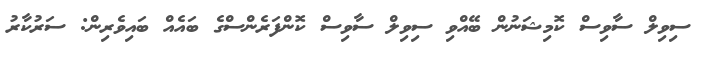
ސިވިލް ސާވިސް ކޮމިޝަނުން ބޭއްވި ސިވިލް ސާވިސް ކޮންފަރެންސްގެ ބައެއް ބައިވެރިން: ސަރުކާރު